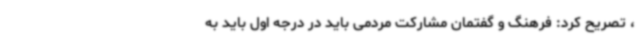
، تصریح کرد: فرهنگ و گفتمان مشارکت مردمی باید در درجه اول باید به